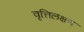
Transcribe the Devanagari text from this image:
वृत्तिलक्षण